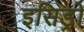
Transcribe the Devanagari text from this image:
इसिड्रो